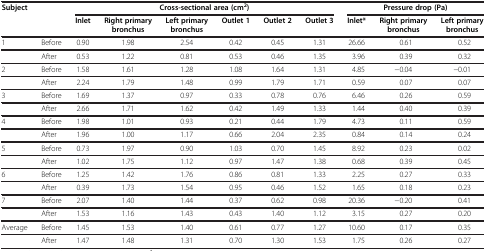
<table><thead><tr><td><b>Subject</b></td><td><b> </b></td><td colspan="6"><b>Cross-sectional area (cm<sup>2</sup>)</b></td><td colspan="3"><b>Pressure drop (Pa)</b></td></tr><tr><td><b> </b></td><td><b> </b></td><td><b>Inlet</b></td><td><b>Right primary bronchus</b></td><td><b>Left primary bronchus</b></td><td><b>Outlet 1</b></td><td><b>Outlet 2</b></td><td><b>Outlet 3</b></td><td><b>Inlet*</b></td><td><b>Right primary bronchus</b></td><td><b>Left primary bronchus</b></td></tr></thead><tbody><tr><td>1</td><td>Before</td><td>0.90</td><td>1.98</td><td>2.54</td><td>0.42</td><td>0.45</td><td>1.31</td><td>26.66</td><td>0.61</td><td>0.52</td></tr><tr><td> </td><td>After</td><td>0.53</td><td>1.22</td><td>0.81</td><td>0.53</td><td>0.46</td><td>1.35</td><td>3.96</td><td>0.39</td><td>0.32</td></tr><tr><td>2</td><td>Before</td><td>1.58</td><td>1.61</td><td>1.28</td><td>1.08</td><td>1.64</td><td>1.31</td><td>4.85</td><td>−0.04</td><td>−0.01</td></tr><tr><td> </td><td>After</td><td>2.24</td><td>1.79</td><td>1.48</td><td>0.99</td><td>1.79</td><td>1.71</td><td>0.59</td><td>0.07</td><td>0.07</td></tr><tr><td>3</td><td>Before</td><td>1.69</td><td>1.37</td><td>0.97</td><td>0.33</td><td>0.78</td><td>0.76</td><td>6.46</td><td>0.26</td><td>0.59</td></tr><tr><td> </td><td>After</td><td>2.66</td><td>1.71</td><td>1.62</td><td>0.42</td><td>1.49</td><td>1.33</td><td>1.44</td><td>0.40</td><td>0.39</td></tr><tr><td>4</td><td>Before</td><td>1.98</td><td>1.01</td><td>0.93</td><td>0.21</td><td>0.44</td><td>1.79</td><td>4.73</td><td>0.11</td><td>0.59</td></tr><tr><td> </td><td>After</td><td>1.96</td><td>1.00</td><td>1.17</td><td>0.66</td><td>2.04</td><td>2.35</td><td>0.84</td><td>0.14</td><td>0.24</td></tr><tr><td>5</td><td>Before</td><td>0.73</td><td>1.97</td><td>0.90</td><td>1.03</td><td>0.70</td><td>1.45</td><td>8.92</td><td>0.23</td><td>0.02</td></tr><tr><td> </td><td>After</td><td>1.02</td><td>1.75</td><td>1.12</td><td>0.97</td><td>1.47</td><td>1.38</td><td>0.68</td><td>0.39</td><td>0.45</td></tr><tr><td>6</td><td>Before</td><td>1.25</td><td>1.42</td><td>1.76</td><td>0.86</td><td>0.81</td><td>1.33</td><td>2.25</td><td>0.27</td><td>0.33</td></tr><tr><td> </td><td>After</td><td>0.39</td><td>1.73</td><td>1.54</td><td>0.95</td><td>0.46</td><td>1.52</td><td>1.65</td><td>0.18</td><td>0.23</td></tr><tr><td>7</td><td>Before</td><td>2.07</td><td>1.40</td><td>1.44</td><td>0.37</td><td>0.62</td><td>0.98</td><td>20.36</td><td>−0.20</td><td>0.41</td></tr><tr><td> </td><td>After</td><td>1.53</td><td>1.16</td><td>1.43</td><td>0.43</td><td>1.40</td><td>1.12</td><td>3.15</td><td>0.27</td><td>0.20</td></tr><tr><td>Average</td><td>Before</td><td>1.45</td><td>1.53</td><td>1.40</td><td>0.61</td><td>0.77</td><td>1.27</td><td>10.60</td><td>0.17</td><td>0.35</td></tr><tr><td> </td><td>After</td><td>1.47</td><td>1.48</td><td>1.31</td><td>0.70</td><td>1.30</td><td>1.53</td><td>1.75</td><td>0.26</td><td>0.27</td></tr></tbody></table>